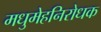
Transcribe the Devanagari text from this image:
मधुमेहनिरोधक